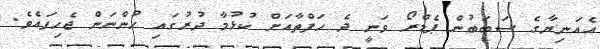
އެއަނިޔާގެ ސަބަބުން ޕެޑްރޯ ވަނީ ދެ ހަފްތާއަށް ކުޅުމާ ދުރުގައި ހުންނަން ޖެހިފައެވެ.